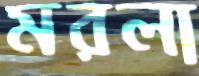
মরলা